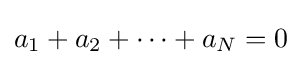
a_{1}+a_{2}+\cdots +a_{N}=0